Report of the Indian Hemp Drugs Commission, 1894-1895 - Volume IV
Year: 1894
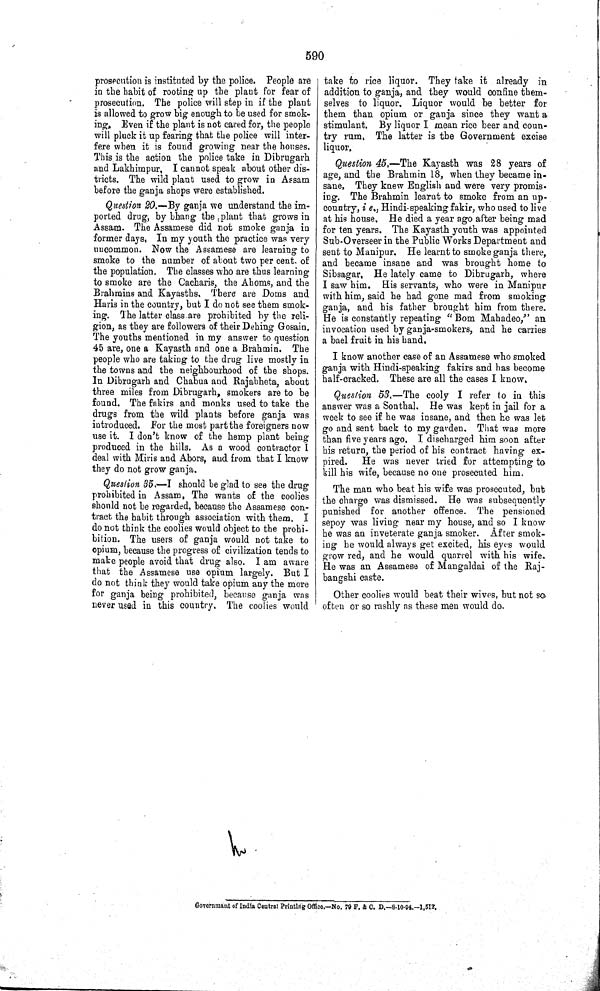
590
prosecution is instituted by the police. People are
in the habit of rooting up the plant for fear of
prosecution. The police will step in if the plant
is allowed to grow big enough to be used for smok-
ing. Even if the plant is not cared for, the people
will pluck it up fearing that the police will inter-
fere when it is found growing near the houses.
This is the action the police take in Dibrugarh
and Lakhimpur, I cannot speak about other dis-
tricts. The wild plant used to grow in Assam
before the ganja shops were established.
Question 20.—By ganja we understand the im-
ported drug, by bhang the plant that grows in
Assam. The Assamese did not smoke ganja in
former days. In my youth the practice was very
uncommon. Now the Assamese are learning to
smoke to the number of about two per cent. of
the population. The classes who are thus learning
to smoke are the Cacharis, the Ahoms, and the
Brahmins and Kayasths. There are Doms and
Haris in the country, but I do not see them smok-
ing. The latter class are prohibited by the reli-
gion, as they are followers of their Dehing Gosain.
The youths mentioned in my answer to question
45 are, one a Kayasth and one a Brahmin. The
people who are taking to the drug live mostly in
the towns and the neighbourhood of the shops.
In Dibrugarh and Chabua and Rajabheta, about
three miles from Dibrugarh, smokers are to be
found. The fakirs and monks used to take the
drugs from the wild plants before ganja was
introduced. For the most part the foreigners now
use it. I don't know of the hemp plant being
produced in the hills. As a wood contractor I
deal with Miris and Abors, and from that I know
they do not grow ganja.
Question 35.—I should be glad to see the drug
prohibited in Assam. The wants of the coolies
should not be regarded, because the Assamese con-
tract the habit through association with them, I
do not think the coolies would object to the prohi-
bition. The users of ganja would not take to
opium, because the progress of civilization tends to
make people avoid that drug also. I am aware
that the Assamese use opium largely. But I
do not think they would take opium any the more
for ganja being prohibited, because ganja was
never used in this country. The coolies would
take to rice liquor. They take it already in
addition to ganja, and they would confine them-
selves to liquor. Liquor would be better for
them than opium or ganja since they want a
stimulant. By liquor I mean rice beer and coun-
try rum. The latter is the Government excise
liquor.
Question 45.—The Kayasth was 28 years of
age, and the Brahmin 18, when they became in-
sane, They knew English and were very promis-
ing. The Brahmin learnt to smoke from an up-
country, i e., Hindi-speaking fakir, who used to live
at his house. He died a year ago after being mad
for ten years. The Kayasth youth was appointed
Sub-Overseer in the Public Works Department and
sent to Manipur. He learnt to smoke ganja there,
and became insane and was brought home to
Sibsagar, He lately came to Dibrugarh, where
I saw him. His servants, who were in Manipur
with him, said he had gone mad from smoking
ganja, and his father brought him from there.
He is constantly repeating "Bom Mahadeo," an
invocation used by ganja-smokers, and he carries
a bael fruit in his hand.
I know another case of an Assamese who smoked
ganja with Hindi-speaking fakirs and has become
half-cracked. These are all the cases I know.
Question 53.—The cooly I refer to in this
answer was a Sonthal. He was kept in jail for a
week to see if he was insane, and then he was let
go and sent back to my garden. That was more
than five years ago, I discharged him soon after
his return, the period of his contract having ex-
pired.
He was never tried for attempting to
kill his wife, because no one prosecuted him.
The man who beat his wife was prosecuted, but
the charge was dismissed. He was subsequently
punished for another offence. The pensioned
sepoy was living near my house, and so I know
he was an inveterate ganja smoker. After smok-
ing he would always get excited, his eyes would
grow red, and he would quarrel with his wife.
He was an Assamese of Mangaldai of the Raj-
bangshi caste.
Other coolies would beat their wives, but not so
often or so rashly as these men would do.
Governmant of India Central Printing Office.-No. 79 F. & C. D.—8-10-94.—1,512.